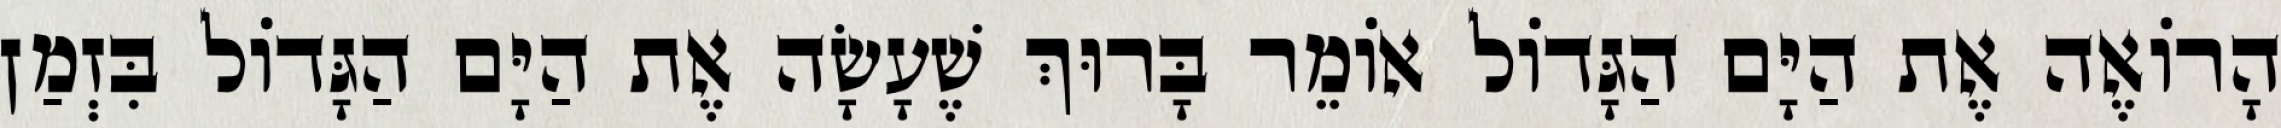
הָרוֹאֶה אֶת הַיָּם הַגָּדוֹל אוֹמֵר בָּרוּךְ שֶׁעָשָׂה אֶת הַיָּם הַגָּדוֹל בִּזְמַן